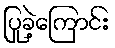
ပြုခဲ့ကြောင်း